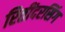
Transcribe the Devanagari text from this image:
रितींदरसिंग